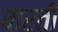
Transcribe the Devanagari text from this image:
बारती